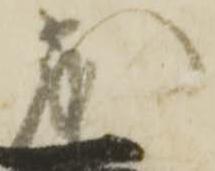
茂